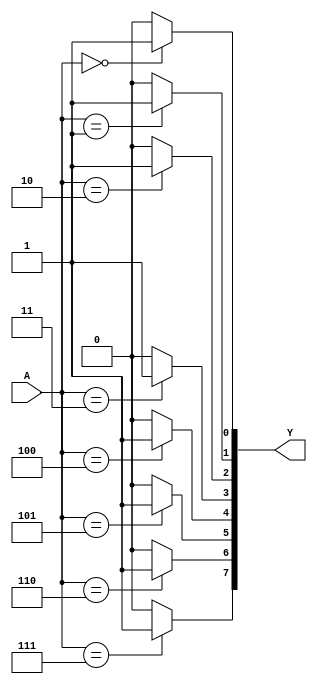
`timescale 1ns / 1ps
//////////////////////////////////////////////////////////////////////////////////
// Company: 
// Engineer: 
// 
// Design Name: 
// Module Name: decoder38
// Project Name: 
// Target Devices: 
// Tool Versions: 
// Description: 
// 
// Dependencies: 
// 
// Revision:
// Revision 0.01 - File Created
// Additional Comments:
// 
//////////////////////////////////////////////////////////////////////////////////


module decoder38(A,Y);
    input [2:0] A;
    output reg[7:0] Y;
    integer i;
    always@(A) begin
    Y = 8'b00000000;
    for(i = 0;i<8;i=i+1)
        if (A == i) 
            Y[i] = 1;
        else
            Y[i] = 0;
   end
endmodule